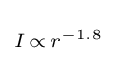
\scriptstyle I\,\propto \,r^{-1.8}